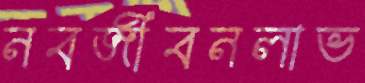
নবজীবনলাভ